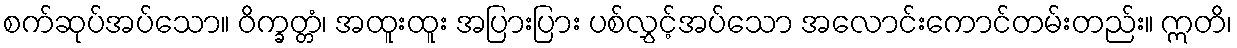
စက်ဆုပ်အပ်သော။ ဝိက္ခတ္တံ၊ အထူးထူး အပြားပြား ပစ်လွှင့်အပ်သော အလောင်းကောင်တမ်းတည်း။ ဣတိ၊